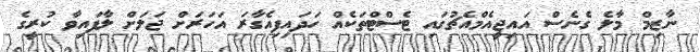
ނާޒިމް މާލެ ގެނެސް އައިޖީއެމްއެޗުގައި ޓެސްޓްތަކެއް ހަދައިފިއެގާރަ އަހަރަށް ޖަލަށް ލާފައިވާ ކުރީގެ